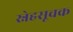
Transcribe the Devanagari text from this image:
स्नेहसूचक